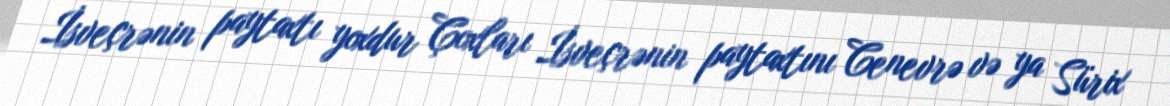
İsveçrənin paytaxtı yoxdur Çoxları İsveçrənin paytaxtını Cenevrə və ya Sürix